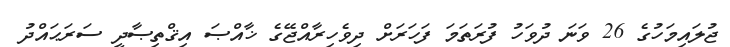
ޖުލައިމަހުގެ 26 ވަނަ ދުވަހު ފުރަތަމަ ފަހަރަށް ދިވެހިރާއްޖޭގެ ޚާއްޞަ އިޤްތިޞާދީ ސަރަޙައްދު